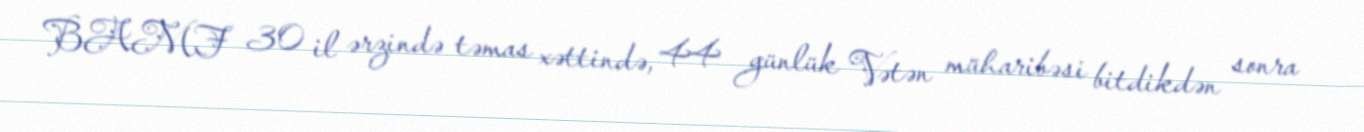
BAMF 30 il ərzində təmas xəttində, 44 günlük Vətən müharibəsi bitdikdən sonra